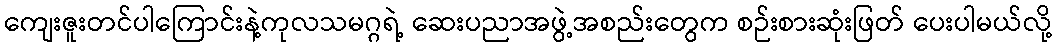
ကျေးဇူးတင်ပါကြောင်းနဲ့ကုလသမဂ္ဂရဲ့ ဆေးပညာအဖွဲ့အစည်းတွေက စဉ်းစားဆုံးဖြတ် ပေးပါမယ်လို့